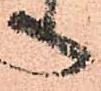
へ